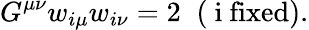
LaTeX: G^{\mu\nu}w_{i\mu}w_{i\nu}=2\; \; (\mathrm{~i~fixed}).